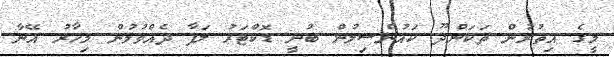
މީގެ އިތުރުން ތަކަންދޫ ކައުންސިލުން ބުނީ ޑޮކްޓަރު ލަފާ ދެއްވުމުން މިހާރު އޭނާ